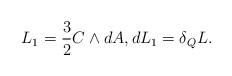
LaTeX: \begin{gather*} L_1=\frac 32 C\wedge dA ,dL_1=\delta_Q L .\end{gather*}